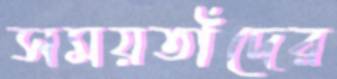
সময়তাঁদের